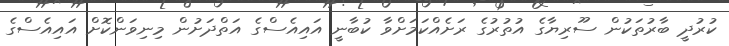
ކުރުދީ ބާރުތަކުން ސޫރިޔާގެ އުތުރުގެ ރަށެއްކަމަށްވާ ކުބާނީ އައިއެސްގެ އަތްދަށުން މިނިވަންކޮށް އައިއެސްގެ